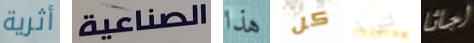
أثرية الصناعية هذا كل تنورة اجاثا